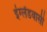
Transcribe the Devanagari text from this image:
इंग्लेंडवासी